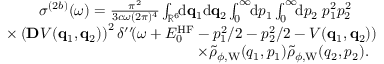
\begin{array} { r } { \sigma ^ { ( 2 b ) } ( \omega ) = \frac { \pi ^ { 2 } } { 3 c \omega ( 2 \pi ) ^ { 4 } } \int _ { \mathbb { R } ^ { 6 } } \! \! \ensuremath { \mathrm { d } } \ensuremath { \mathbf { q } } _ { 1 } \ensuremath { \mathrm { d } } \ensuremath { \mathbf { q } } _ { 2 } \int _ { 0 } ^ { \infty } \! \! \ensuremath { \mathrm { d } } p _ { 1 } \int _ { 0 } ^ { \infty } \! \! \ensuremath { \mathrm { d } } p _ { 2 } \; p _ { 1 } ^ { 2 } p _ { 2 } ^ { 2 } \phantom { x x x } } \\ { \times \left( \ensuremath { \mathbf { D } } V ( \ensuremath { \mathbf { q } } _ { 1 } , \ensuremath { \mathbf { q } } _ { 2 } ) \right) ^ { 2 } \delta ^ { \prime \prime } \! ( \omega + E _ { 0 } ^ { \mathrm { H F } } - p _ { 1 } ^ { 2 } / 2 - p _ { 2 } ^ { 2 } / 2 - V ( \ensuremath { \mathbf { q } } _ { 1 } , \ensuremath { \mathbf { q } } _ { 2 } ) ) } \\ { \times \tilde { \rho } _ { \phi , \mathrm { W } } ( q _ { 1 } , p _ { 1 } ) \tilde { \rho } _ { \phi , \mathrm { W } } ( q _ { 2 } , p _ { 2 } ) . \; \; } \end{array}